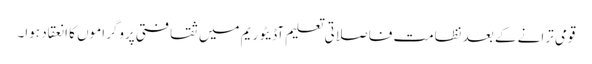
قومی ترانے کے بعد نظامت فاصلاتی تعلیم آڈیٹوریم میں ثقافتی پروگراموں کا انعقاد ہوا۔